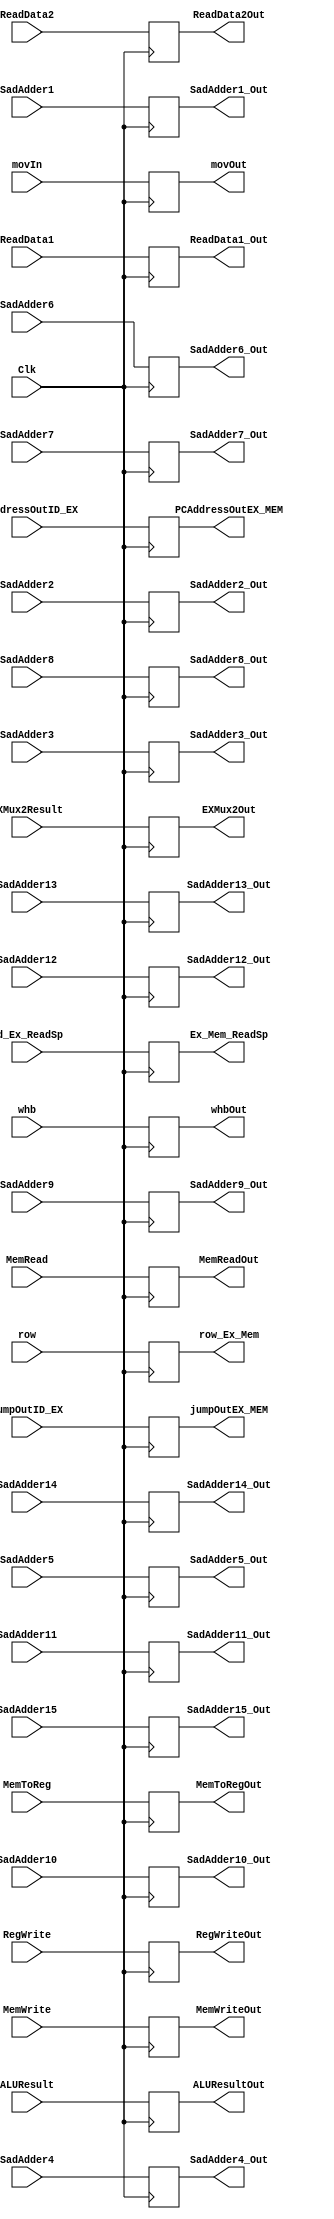
`timescale 1ns / 1ps
//////////////////////////////////////////////////////////////////////////////////
// Company: 
// Engineer: 
// 
// Design Name: 
// Module Name: EX_MEM
// Project Name: 
// Target Devices: 
// Tool Versions: 
// Description: 
// 
// Dependencies: 
// 
// Revision:
// Revision 0.01 - File Created
// Additional Comments:
// 
//////////////////////////////////////////////////////////////////////////////////


module EX_MEM(Clk, RegWrite, MemRead, MemWrite, MemToReg, /*branch,*/ /*Adder1Result,*/ whb,
              /*Zero,*/ ALUResult, ReadData2, EXMux2Result,
              RegWriteOut, MemReadOut, MemWriteOut, MemToRegOut, /*branchOut,*/ /*Adder1Out,*/
              whbOut, /*ZeroOut,*/ ALUResultOut, ReadData2Out, EXMux2Out, movIn, movOut, /*jumpMuxin, jumpMuxOut,*/ jumpOutID_EX, jumpOutEX_MEM, 
              PCAddressOutID_EX, PCAddressOutEX_MEM, Id_Ex_ReadSp, Ex_Mem_ReadSp, ReadData1, SadAdder1, SadAdder2, SadAdder3, SadAdder4,
                SadAdder5, SadAdder6, SadAdder7, SadAdder8, SadAdder9, SadAdder10, SadAdder11, SadAdder12,
                SadAdder13, SadAdder14, SadAdder15, ReadData1_Out, SadAdder1_Out, SadAdder2_Out, SadAdder3_Out, SadAdder4_Out,
                SadAdder5_Out, SadAdder6_Out, SadAdder7_Out, SadAdder8_Out, SadAdder9_Out, SadAdder10_Out, SadAdder11_Out, SadAdder12_Out,
                SadAdder13_Out, SadAdder14_Out, SadAdder15_Out, row, row_Ex_Mem);
              
    input RegWrite, MemRead, MemWrite, MemToReg, Clk, movIn, jumpOutID_EX, Id_Ex_ReadSp;
    input [31:0] ALUResult, ReadData2, PCAddressOutID_EX, ReadData1, SadAdder1, SadAdder2, SadAdder3, SadAdder4,
                SadAdder5, SadAdder6, SadAdder7, SadAdder8, SadAdder9, SadAdder10, SadAdder11, SadAdder12,
                SadAdder13, SadAdder14, SadAdder15, row;
    input [4:0] EXMux2Result;
    input [1:0] whb;
    
    output reg RegWriteOut, MemReadOut, MemWriteOut, MemToRegOut, movOut, jumpOutEX_MEM, Ex_Mem_ReadSp;
    output reg [31:0] ALUResultOut, ReadData2Out, PCAddressOutEX_MEM, ReadData1_Out, SadAdder1_Out, SadAdder2_Out, SadAdder3_Out, SadAdder4_Out,
                SadAdder5_Out, SadAdder6_Out, SadAdder7_Out, SadAdder8_Out, SadAdder9_Out, SadAdder10_Out, SadAdder11_Out, SadAdder12_Out,
                SadAdder13_Out, SadAdder14_Out, SadAdder15_Out, row_Ex_Mem;
    output reg [4:0] EXMux2Out;
    output reg [1:0] whbOut;
    
    always@(posedge Clk) begin
        RegWriteOut  <= RegWrite;
        MemReadOut   <= MemRead;
        MemWriteOut  <= MemWrite;
        MemToRegOut  <= MemToReg;
//        branchOut    <= branch;
        whbOut       <= whb;
//        ZeroOut      <= Zero;
//        Adder1Out    <= Adder1Result;
        ALUResultOut <= ALUResult;
        ReadData2Out <= ReadData2;
        EXMux2Out    <= EXMux2Result;
        movOut       <= movIn;
//        jumpMuxOut   <= jumpMuxin;
        jumpOutEX_MEM <= jumpOutID_EX;
        PCAddressOutEX_MEM <= PCAddressOutID_EX;
        Ex_Mem_ReadSp <= Id_Ex_ReadSp;
        ReadData1_Out <= ReadData1;
        SadAdder1_Out <= SadAdder1;
        SadAdder2_Out <= SadAdder2;
        SadAdder3_Out <= SadAdder3;
        SadAdder4_Out <= SadAdder4;
        SadAdder5_Out <= SadAdder5;
        SadAdder6_Out <= SadAdder6;
        SadAdder7_Out <= SadAdder7;
        SadAdder8_Out <= SadAdder8;
        SadAdder9_Out <= SadAdder9;
        SadAdder10_Out <= SadAdder10;
        SadAdder11_Out <= SadAdder11;
        SadAdder12_Out <= SadAdder12;
        SadAdder13_Out <= SadAdder13;
        SadAdder14_Out <= SadAdder14;
        SadAdder15_Out <= SadAdder15;
        row_Ex_Mem <= row;
    end
endmodule